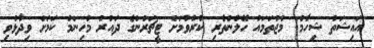
އައިޝަތު ޝިހާމް: މުޖުތަމައު ހޭލުންތެރި ކުރުވުމަށް ޓީޗަރުންގެ ދައުރު މުހިންމު ކަމަށް ވިދާޅުވި